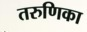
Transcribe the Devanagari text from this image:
तरुणिका